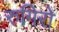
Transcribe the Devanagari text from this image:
रुगिरो